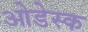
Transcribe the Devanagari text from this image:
ओडेस्क